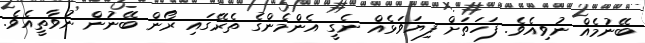
ބޭނުމެއް ނުވިއެވެ. ފަހަތަށް ފިޔަވަޅެއް ނެގީ އެންމެންގެ ތެރޭގައި ރޯން ބޭނުން ނުވާތީއެވެ.